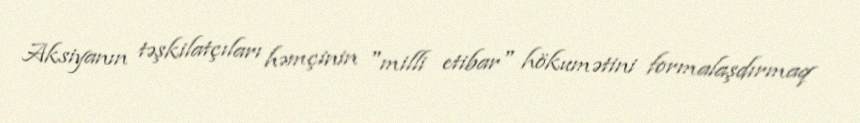
Aksiyanın təşkilatçıları həmçinin "milli etibar" hökumətini formalaşdırmaq